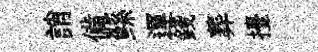
誚備鲧運錢葬擡